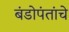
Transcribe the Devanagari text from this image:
बंडोपंतांचे